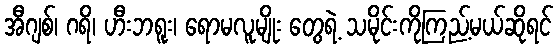
အီဂျစ်၊ ဂရိ၊ ဟီးဘရူး၊ ရောမလူမျိုး တွေရဲ့ သမိုင်းကိုကြည့်မယ်ဆိုရင်